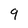
Character: 9